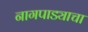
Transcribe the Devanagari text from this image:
नागपाड्याचा